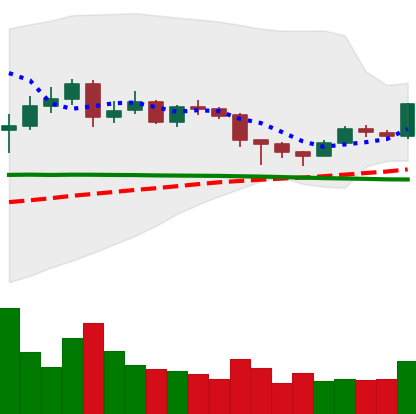
Ticker: DOGE-USD
Chart end date: 2020-12-16
Forward return: 40.135%
Label: up_7plus